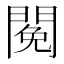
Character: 𨵃